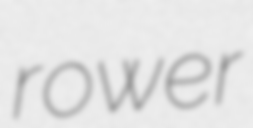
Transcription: rower